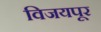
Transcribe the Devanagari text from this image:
विजयपूर